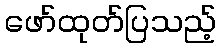
ဖော်ထုတ်ပြသည့်